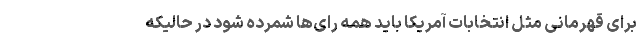
برای قهرمانی مثل انتخابات آمریکا باید همه رای‌ها شمرده شود در حالیکه